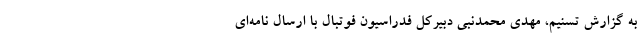
به گزارش تسنیم، مهدی محمدنبی دبیرکل فدراسیون فوتبال با ارسال نامه‌ای